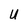
Character: U